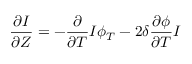
\frac { \partial I } { \partial Z } = - \frac { \partial } { \partial T } I \phi _ { T } - 2 \delta \frac { \partial \phi } { \partial T } I